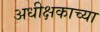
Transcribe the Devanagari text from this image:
अधीक्षकाच्या